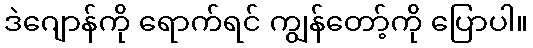
ဒဲဂျောန်ကို ရောက်ရင် ကျွန်တော့်ကို ပြောပါ။